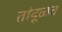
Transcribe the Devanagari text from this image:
तांदूळत